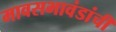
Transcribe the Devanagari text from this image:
मावसभावंडांचीं